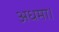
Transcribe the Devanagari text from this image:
अधमा।